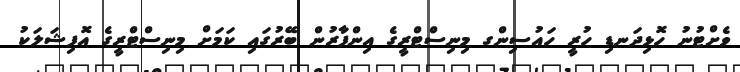
ވެށްޓުނު ހޮޅިދަނޑި ހުރީ ހައުސިންގ މިނިސްޓްރީގެ އިންފާރުން ބޭރުގައި ކަމަށް މިނިސްޓްރީގެ އޮފިޝަލަކު